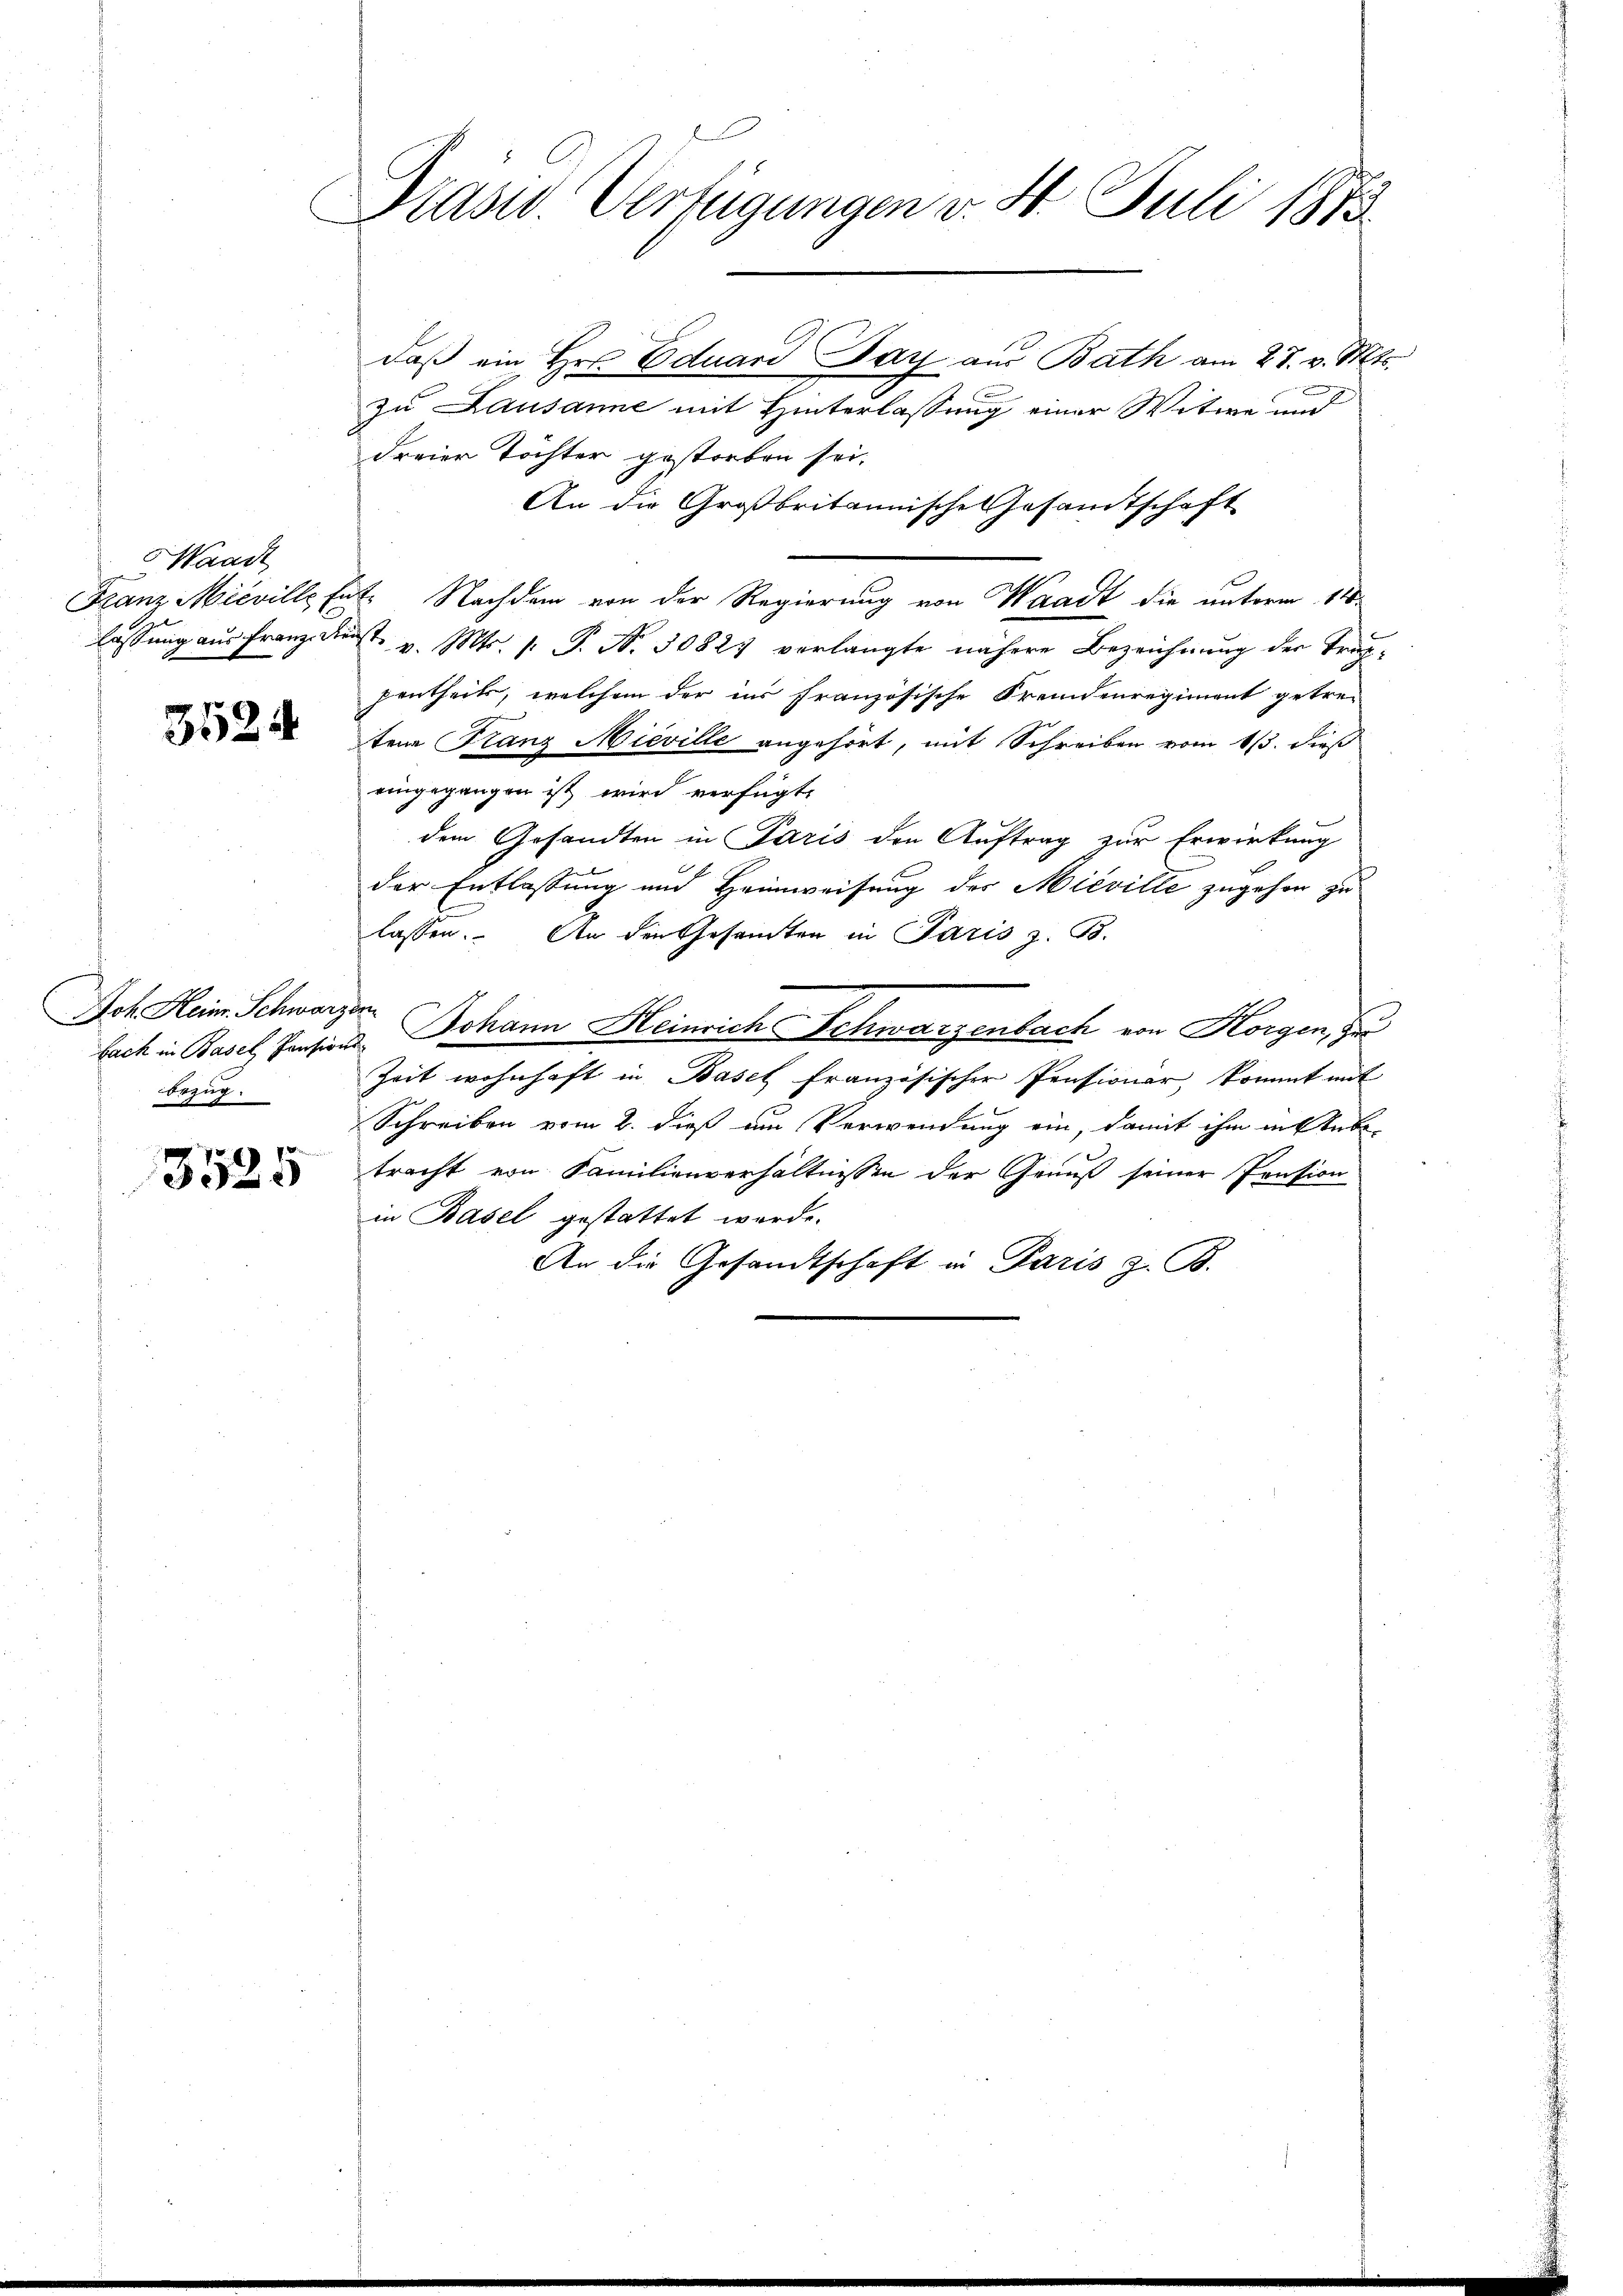
aadt

3524

Joh Heinr. Schwarzen
bezug.

3525

Drasw. Verfügungen v. 4. Juli 1873

daß ein Hrn. Eduard Day aus Bath am 27. v. Mts.
zu Lausanne mit Hinterlassung einer Witwe und
dreier Töchter gestorben sei.
An die Großbritannische Gesamtschaft
Franz Micville hat. Nachdem von der Regierung von Waadt die unterm 11.
lassung aus Franz derst v. Mts. 1. P. N. 30827 verlangte nähere Bezeichnung der Trichpentheils, welchem der ins französische Fremdenregiment getre-
tene Franz Nieville angehört, mit Schreiben vom 13. dieß
eingegangen ist wird verfügt:
dem Gesandten in Paris den Auftrag zur Erwirkung
.
der Entlassung und Heimweisung des Nieville zugehen zu
lassen. An den Gesamten in Paris z. B.
bach in Basel, Pensions Johann Heinrich Schwarzenbach von Horgen, zu
Zeit wohnhaft in Basel französischer Pensionar, kommt mit
Schreiben vom 2. dieß am Verwendung ein, damit ihm in Etabe-
tracht von Familienverhältnissen der Genuß seiner Pension
in Basel gestattet werde.
An die Gesandtschaft in Paris z. B.